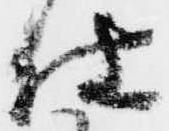
仕